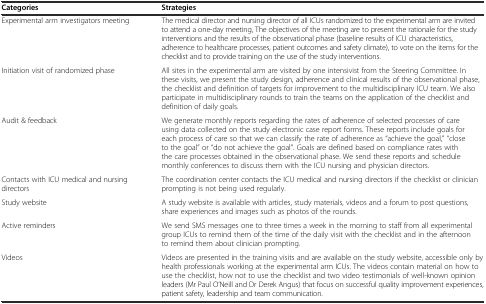
<table><thead><tr><td><b>Categories</b></td><td><b>Strategies</b></td></tr></thead><tbody><tr><td>Experimental arm investigators meeting</td><td>The medical director and nursing director of all ICUs randomized to the experimental arm are invited to attend a one-day meeting, The objectives of the meeting are to present the rationale for the study interventions and the results of the observational phase (baseline results of ICU characteristics, adherence to healthcare processes, patient outcomes and safety climate), to vote on the items for the checklist and to provide training on the use of the study interventions.</td></tr><tr><td>Initiation visit of randomized phase</td><td>All sites in the experimental arm are visited by one intensivist from the Steering Committee. In these visits, we present the study design, adherence and clinical results of the observational phase, the checklist and definition of targets for improvement to the multidisciplinary ICU team. We also participate in multidisciplinary rounds to train the teams on the application of the checklist and definition of daily goals.</td></tr><tr><td>Audit &amp; feedback</td><td>We generate monthly reports regarding the rates of adherence of selected processes of care using data collected on the study electronic case report forms. These reports include goals for each process of care so that we can classify the rate of adherence as “achieve the goal,” “close to the goal” or “do not achieve the goal”. Goals are defined based on compliance rates with the care processes obtained in the observational phase. We send these reports and schedule monthly conferences to discuss them with the ICU nursing and physician directors.</td></tr><tr><td>Contacts with ICU medical and nursing directors</td><td>The coordination center contacts the ICU medical and nursing directors if the checklist or clinician prompting is not being used regularly.</td></tr><tr><td>Study website</td><td>A study website is available with articles, study materials, videos and a forum to post questions, share experiences and images such as photos of the rounds.</td></tr><tr><td>Active reminders</td><td>We send SMS messages one to three times a week in the morning to staff from all experimental group ICUs to remind them of the time of the daily visit with the checklist and in the afternoon to remind them about clinician prompting.</td></tr><tr><td>Videos</td><td>Videos are presented in the training visits and are available on the study website, accessible only by health professionals working at the experimental arm ICUs. The videos contain material on how to use the checklist, how not to use the checklist and two video testimonials of well-known opinion leaders (Mr Paul O’Neill and Dr Derek Angus) that focus on successful quality improvement experiences, patient safety, leadership and team communication.</td></tr></tbody></table>